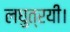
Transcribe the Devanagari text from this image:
लघुत्रयी।